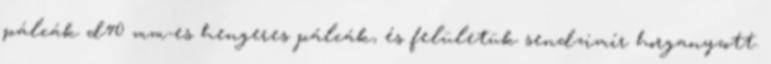
pálcák d40 mm-es hengeres pálcák, és felületük sendzimír horganyzott.